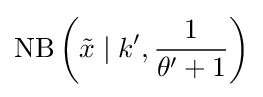
\operatorname {NB} \left({\tilde {x}}\mid k',{\frac {1}{\theta '+1}}\right)